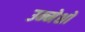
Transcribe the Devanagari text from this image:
उन्मेशों